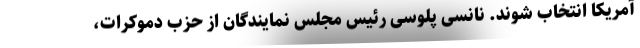
آمریکا انتخاب شوند. نانسی پلوسی رئیس مجلس نمایندگان از حزب دموکرات،